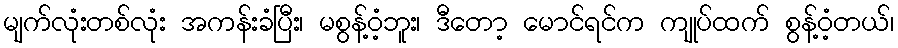
မျက်လုံးတစ်လုံး အကန်းခံပြီး၊ မစွန့်ဝံ့ဘူး၊ ဒီတော့ မောင်ရင်က ကျုပ်ထက် စွန့်ဝံ့တယ်၊